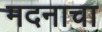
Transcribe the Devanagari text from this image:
मदनाचा